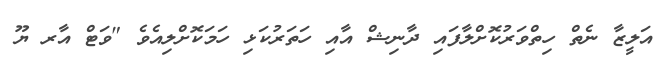
އަލީޒާ ނެތް ހިތްވަރުކޮށްލާފައި ދާނިޝް އާއި ހަތަރުކަޅި ހަމަކޮށްލިއެވެ "ވަޓް އާރ ޔޫ